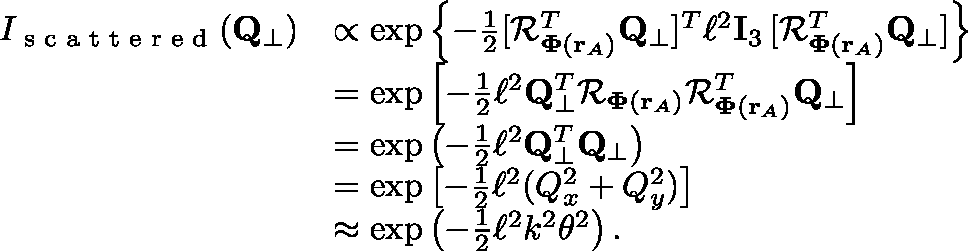
\begin{array} { r l } { I _ { \textrm { s c a t t e r e d } } ( \mathbf { Q } _ { \perp } ) } & { \propto \exp \left\{ - \frac { 1 } { 2 } [ \mathcal { R } _ { \mathbf { \Phi } ( \mathbf { r } _ { A } ) } ^ { T } \mathbf { Q } _ { \perp } ] ^ { T } \! \, \ell ^ { 2 } \mathbf { I } _ { 3 } \, [ \mathcal { R } _ { \mathbf { \Phi } ( \mathbf { r } _ { A } ) } ^ { T } \mathbf { Q } _ { \perp } ] \right\} } \\ & { = \exp \left[ - \frac { 1 } { 2 } \ell ^ { 2 } \mathbf { Q } _ { \perp } ^ { T } \mathcal { R } _ { \mathbf { \Phi } ( \mathbf { r } _ { A } ) } \mathcal { R } _ { \mathbf { \Phi } ( \mathbf { r } _ { A } ) } ^ { T } \mathbf { Q } _ { \perp } \right] } \\ & { = \exp \left( - \frac { 1 } { 2 } \ell ^ { 2 } \mathbf { Q } _ { \perp } ^ { T } \mathbf { Q } _ { \perp } \right) } \\ & { = \exp \left[ - \frac { 1 } { 2 } \ell ^ { 2 } ( Q _ { x } ^ { 2 } + Q _ { y } ^ { 2 } ) \right] } \\ & { \approx \exp \left( - \frac { 1 } { 2 } \ell ^ { 2 } k ^ { 2 } \theta ^ { 2 } \right) . } \end{array}